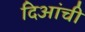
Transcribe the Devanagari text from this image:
दिआंची